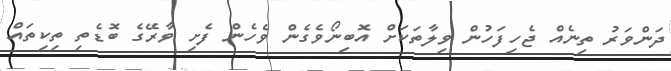
ދަންވަރު ތިނެއް ޖެހިފަހުން ވިލާތަކަށް އޮބިނޯވެގެން ވެހެން ފެށި ވާރޭގެ ބޮޑެތި ތިކިތައް